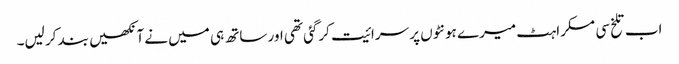
اب تلخ سی مسکراہٹ میرے ہونٹوں پر سرائیت کرگئی تھی اور ساتھ ہی میں نے آنکھیں بند کر لیں۔